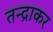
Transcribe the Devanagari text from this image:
तन्द्राकर